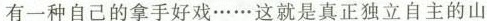
有一种自己的拿手好戏……这就是真正独立自主的山